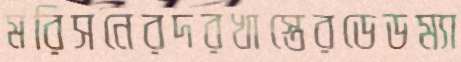
মরিসনেরদরখাস্তেরডেডম্যা